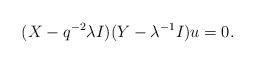
LaTeX: \begin{align*}(X - q^{-2}\lambda I )(Y -\lambda^{-1}I )u =0.\end{align*}